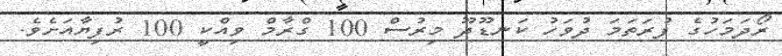
ރޯދަމަހުގެ ފުރަތަމަ ދުވަހު ކަނޑޫދޫ މިރުސް 100 ގްރާމް ވިއްކީ 100 ރުފިޔާއަށެވެ.